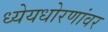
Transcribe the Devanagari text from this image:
ध्येयधोरणांवर